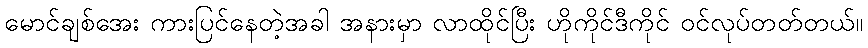
မောင်ချစ်အေး ကားပြင်နေတဲ့အခါ အနားမှာ လာထိုင်ပြီး ဟိုကိုင်ဒီကိုင် ဝင်လုပ်တတ်တယ်။